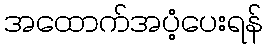
အထောက်အပံ့ပေးရန်